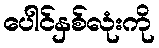
ပေါင်နှစ်လုံးကို